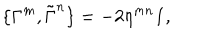
LaTeX: \{ \Gamma ^ { m } , \tilde { \Gamma } ^ { n } \} = - 2 \eta ^ { m n } { \bf 1 } ,